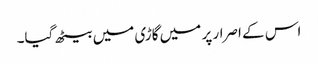
اس کے اصرار پر میں گاڑی میں بیٹھ گیا۔